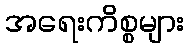
အရေးကိစ္စများ